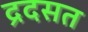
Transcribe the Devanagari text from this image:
द्रदसत